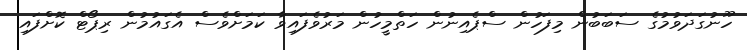
ހޫނުގަދަވުމުގެ ސަބަބުން މިފަހުން ސްޕެއިނުން ހަތްމީހުން މަރުވެފައިވާ ކަމަށްވެސް އެގައުމުން ރިޕޯޓް ކޮށްފައި